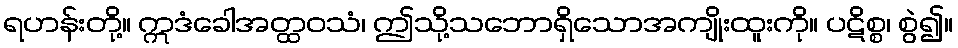
ရဟန်းတို့။ ဣဒံခေါအတ္ထဝသံ၊ ဤသို့သဘောရှိသောအကျိုးထူးကို။ ပဋိစ္စ၊ စွဲ၍။